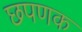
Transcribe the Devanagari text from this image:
छपणक